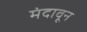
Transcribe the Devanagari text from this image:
मंदावून